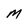
Character: M